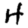
Digit: 4